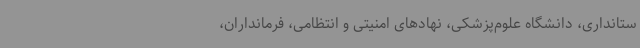
ستانداری، دانشگاه علوم‌پزشکی، نهادهای امنیتی و انتظامی، فرمانداران،